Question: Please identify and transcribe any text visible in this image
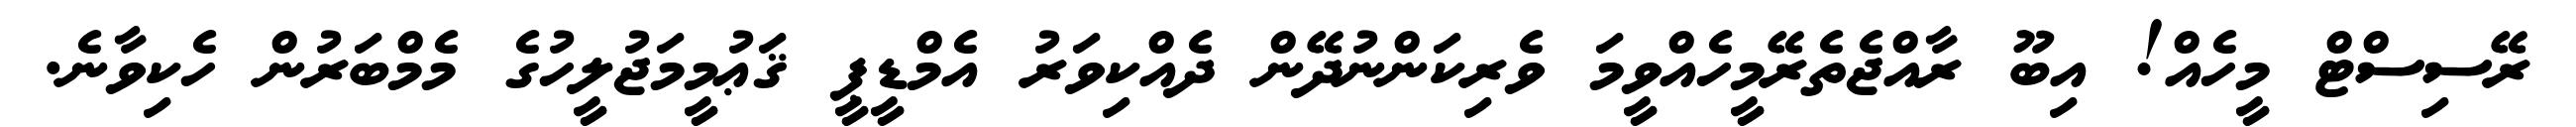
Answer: ރޭސިސްޓް މީހެއް! އިބޫ ރާއްޖެތެރޭމީހެއްވީމަ ވެރިކަންނުދޭން ދެއްކިވަރު އެމްޑީޕީ ޤަޢުމީމަޖުލީހުގެ މެމްބަރުން ހެކިވާނެ.